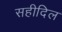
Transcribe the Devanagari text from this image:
सहीदिल